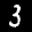
Label: 3